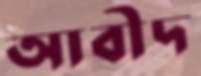
আবীদ